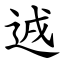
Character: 䢕